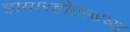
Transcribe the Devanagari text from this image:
हामारहोएल्डच्या